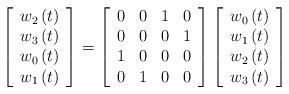
LaTeX: \begin{align*}\left[ \begin{array}{c}w_{2}\left( t\right) \\ w_{3}\left( t\right) \\ w_{0}\left( t\right) \\ w_{1}\left( t\right)\end{array}\right] =\left[ \begin{array}{cccc}0 & 0 & 1 & 0 \\ 0 & 0 & 0 & 1 \\ 1 & 0 & 0 & 0 \\ 0 & 1 & 0 & 0\end{array}\right] \left[ \begin{array}{c}w_{0}\left( t\right) \\ w_{1}\left( t\right) \\ w_{2}\left( t\right) \\ w_{3}\left( t\right)\end{array}\right] \end{align*}